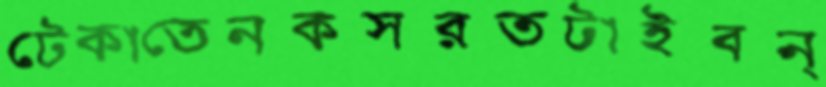
টেকাতেনকসরতটাইবন্